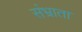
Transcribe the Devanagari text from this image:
संभ्राता